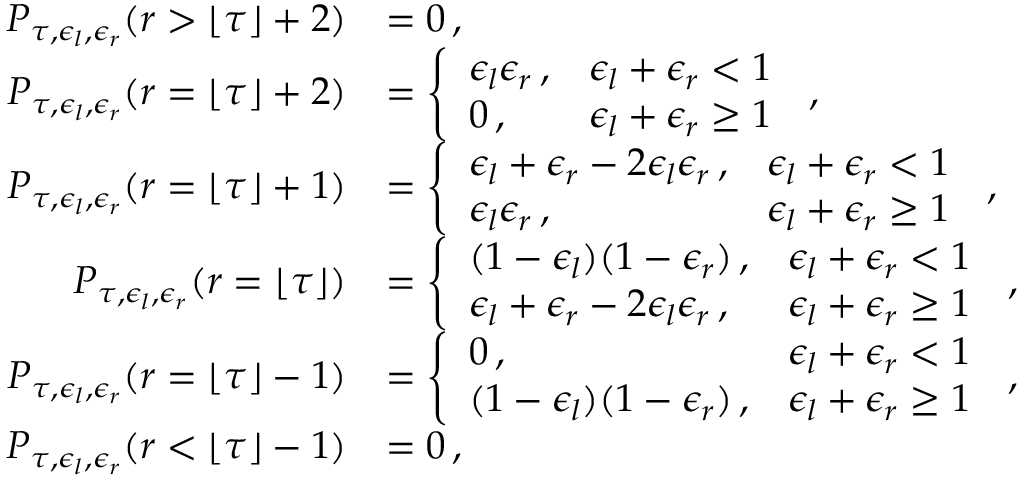
\begin{array} { r l } { P _ { \tau , \epsilon _ { l } , \epsilon _ { r } } ( r > \lfloor \tau \rfloor + 2 ) } & { = 0 \, , } \\ { P _ { \tau , \epsilon _ { l } , \epsilon _ { r } } ( r = \lfloor \tau \rfloor + 2 ) } & { = \left\{ \begin{array} { l l } { \epsilon _ { l } \epsilon _ { r } \, , } & { \epsilon _ { l } + \epsilon _ { r } < 1 } \\ { 0 \, , } & { \epsilon _ { l } + \epsilon _ { r } \geq 1 } \end{array} \right. \, , } \\ { P _ { \tau , \epsilon _ { l } , \epsilon _ { r } } ( r = \lfloor \tau \rfloor + 1 ) } & { = \left\{ \begin{array} { l l } { \epsilon _ { l } + \epsilon _ { r } - 2 \epsilon _ { l } \epsilon _ { r } \, , } & { \epsilon _ { l } + \epsilon _ { r } < 1 } \\ { \epsilon _ { l } \epsilon _ { r } \, , } & { \epsilon _ { l } + \epsilon _ { r } \geq 1 } \end{array} \right. \, , } \\ { P _ { \tau , \epsilon _ { l } , \epsilon _ { r } } ( r = \lfloor \tau \rfloor ) } & { = \left\{ \begin{array} { l l } { ( 1 - \epsilon _ { l } ) ( 1 - \epsilon _ { r } ) \, , } & { \epsilon _ { l } + \epsilon _ { r } < 1 } \\ { \epsilon _ { l } + \epsilon _ { r } - 2 \epsilon _ { l } \epsilon _ { r } \, , } & { \epsilon _ { l } + \epsilon _ { r } \geq 1 } \end{array} \right. \, , } \\ { P _ { \tau , \epsilon _ { l } , \epsilon _ { r } } ( r = \lfloor \tau \rfloor - 1 ) } & { = \left\{ \begin{array} { l l } { 0 \, , } & { \epsilon _ { l } + \epsilon _ { r } < 1 } \\ { ( 1 - \epsilon _ { l } ) ( 1 - \epsilon _ { r } ) \, , } & { \epsilon _ { l } + \epsilon _ { r } \geq 1 } \end{array} \right. \, , } \\ { P _ { \tau , \epsilon _ { l } , \epsilon _ { r } } ( r < \lfloor \tau \rfloor - 1 ) } & { = 0 \, , } \end{array}